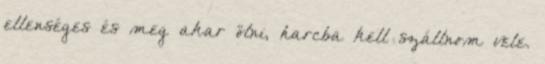
ellenséges és meg akar ölni, harcba kell szállnom vele.